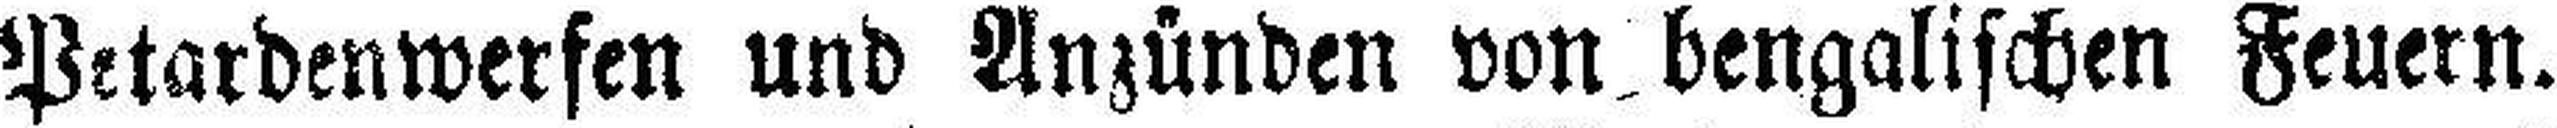
Petardenwerfen und Anzünden von bengalischen Feuern.